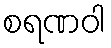
စရဏဝါ